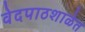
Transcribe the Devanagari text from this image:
वेदपाठशाळेत